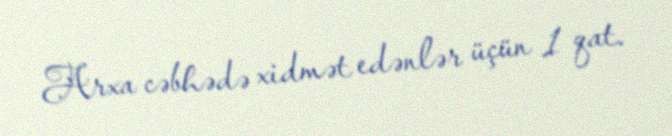
Arxa cəbhədə xidmət edənlər üçün 1 qat.